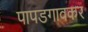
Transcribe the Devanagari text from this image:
पापडगावकर